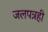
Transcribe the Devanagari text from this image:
जलपत्रही